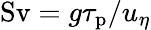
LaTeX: \mathrm{Sv}=g\tau_{\mathrm{p}}/{u}_{\eta}